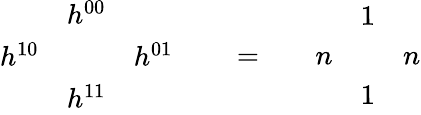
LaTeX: \begin{array}{ccc}{{}}&{{h^{00}}}&{{}}\\ {{h^{10}}}&{{}}&{{h^{01}}}\\ {{}}&{{h^{11}}}&{{}}\end{array}\qquad=\qquad\begin{array}{ccc}{{}}&{{1}}&{{}}\\ {{n}}&{{}}&{{n}}\\ {{}}&{{1}}&{{}}\end{array}